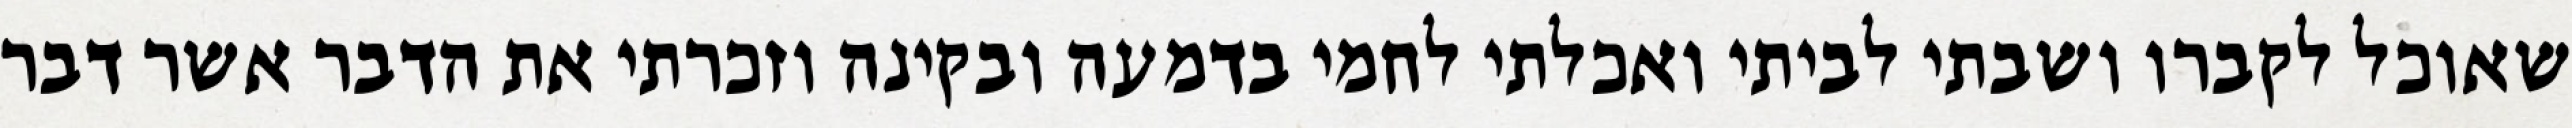
שאוכל לקברו ושבתי לביתי ואכלתי לחמי בדמעה ובקינה וזכרתי את הדבר אשר דבר